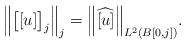
LaTeX: \begin{align*}\Big\| \big[ [u] \big]_{j} \Big\|_{j} = \Big\| \widehat{[u]} \Big\|_{L^{2}(B[0,j])}.\end{align*}